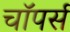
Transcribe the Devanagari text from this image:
चाॅपर्स